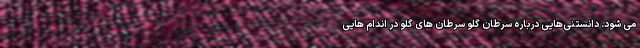
می شود. دانستنی‌هایی درباره سرطان گلو سرطان های گلو در اندام هایی